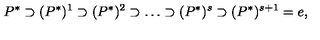
P ^ { * } \supset ( P ^ { * } ) ^ { 1 } \supset ( P ^ { * } ) ^ { 2 } \supset \ldots \supset ( P ^ { * } ) ^ { s } \supset ( P ^ { * } ) ^ { s + 1 } = e ,